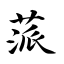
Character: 蒎